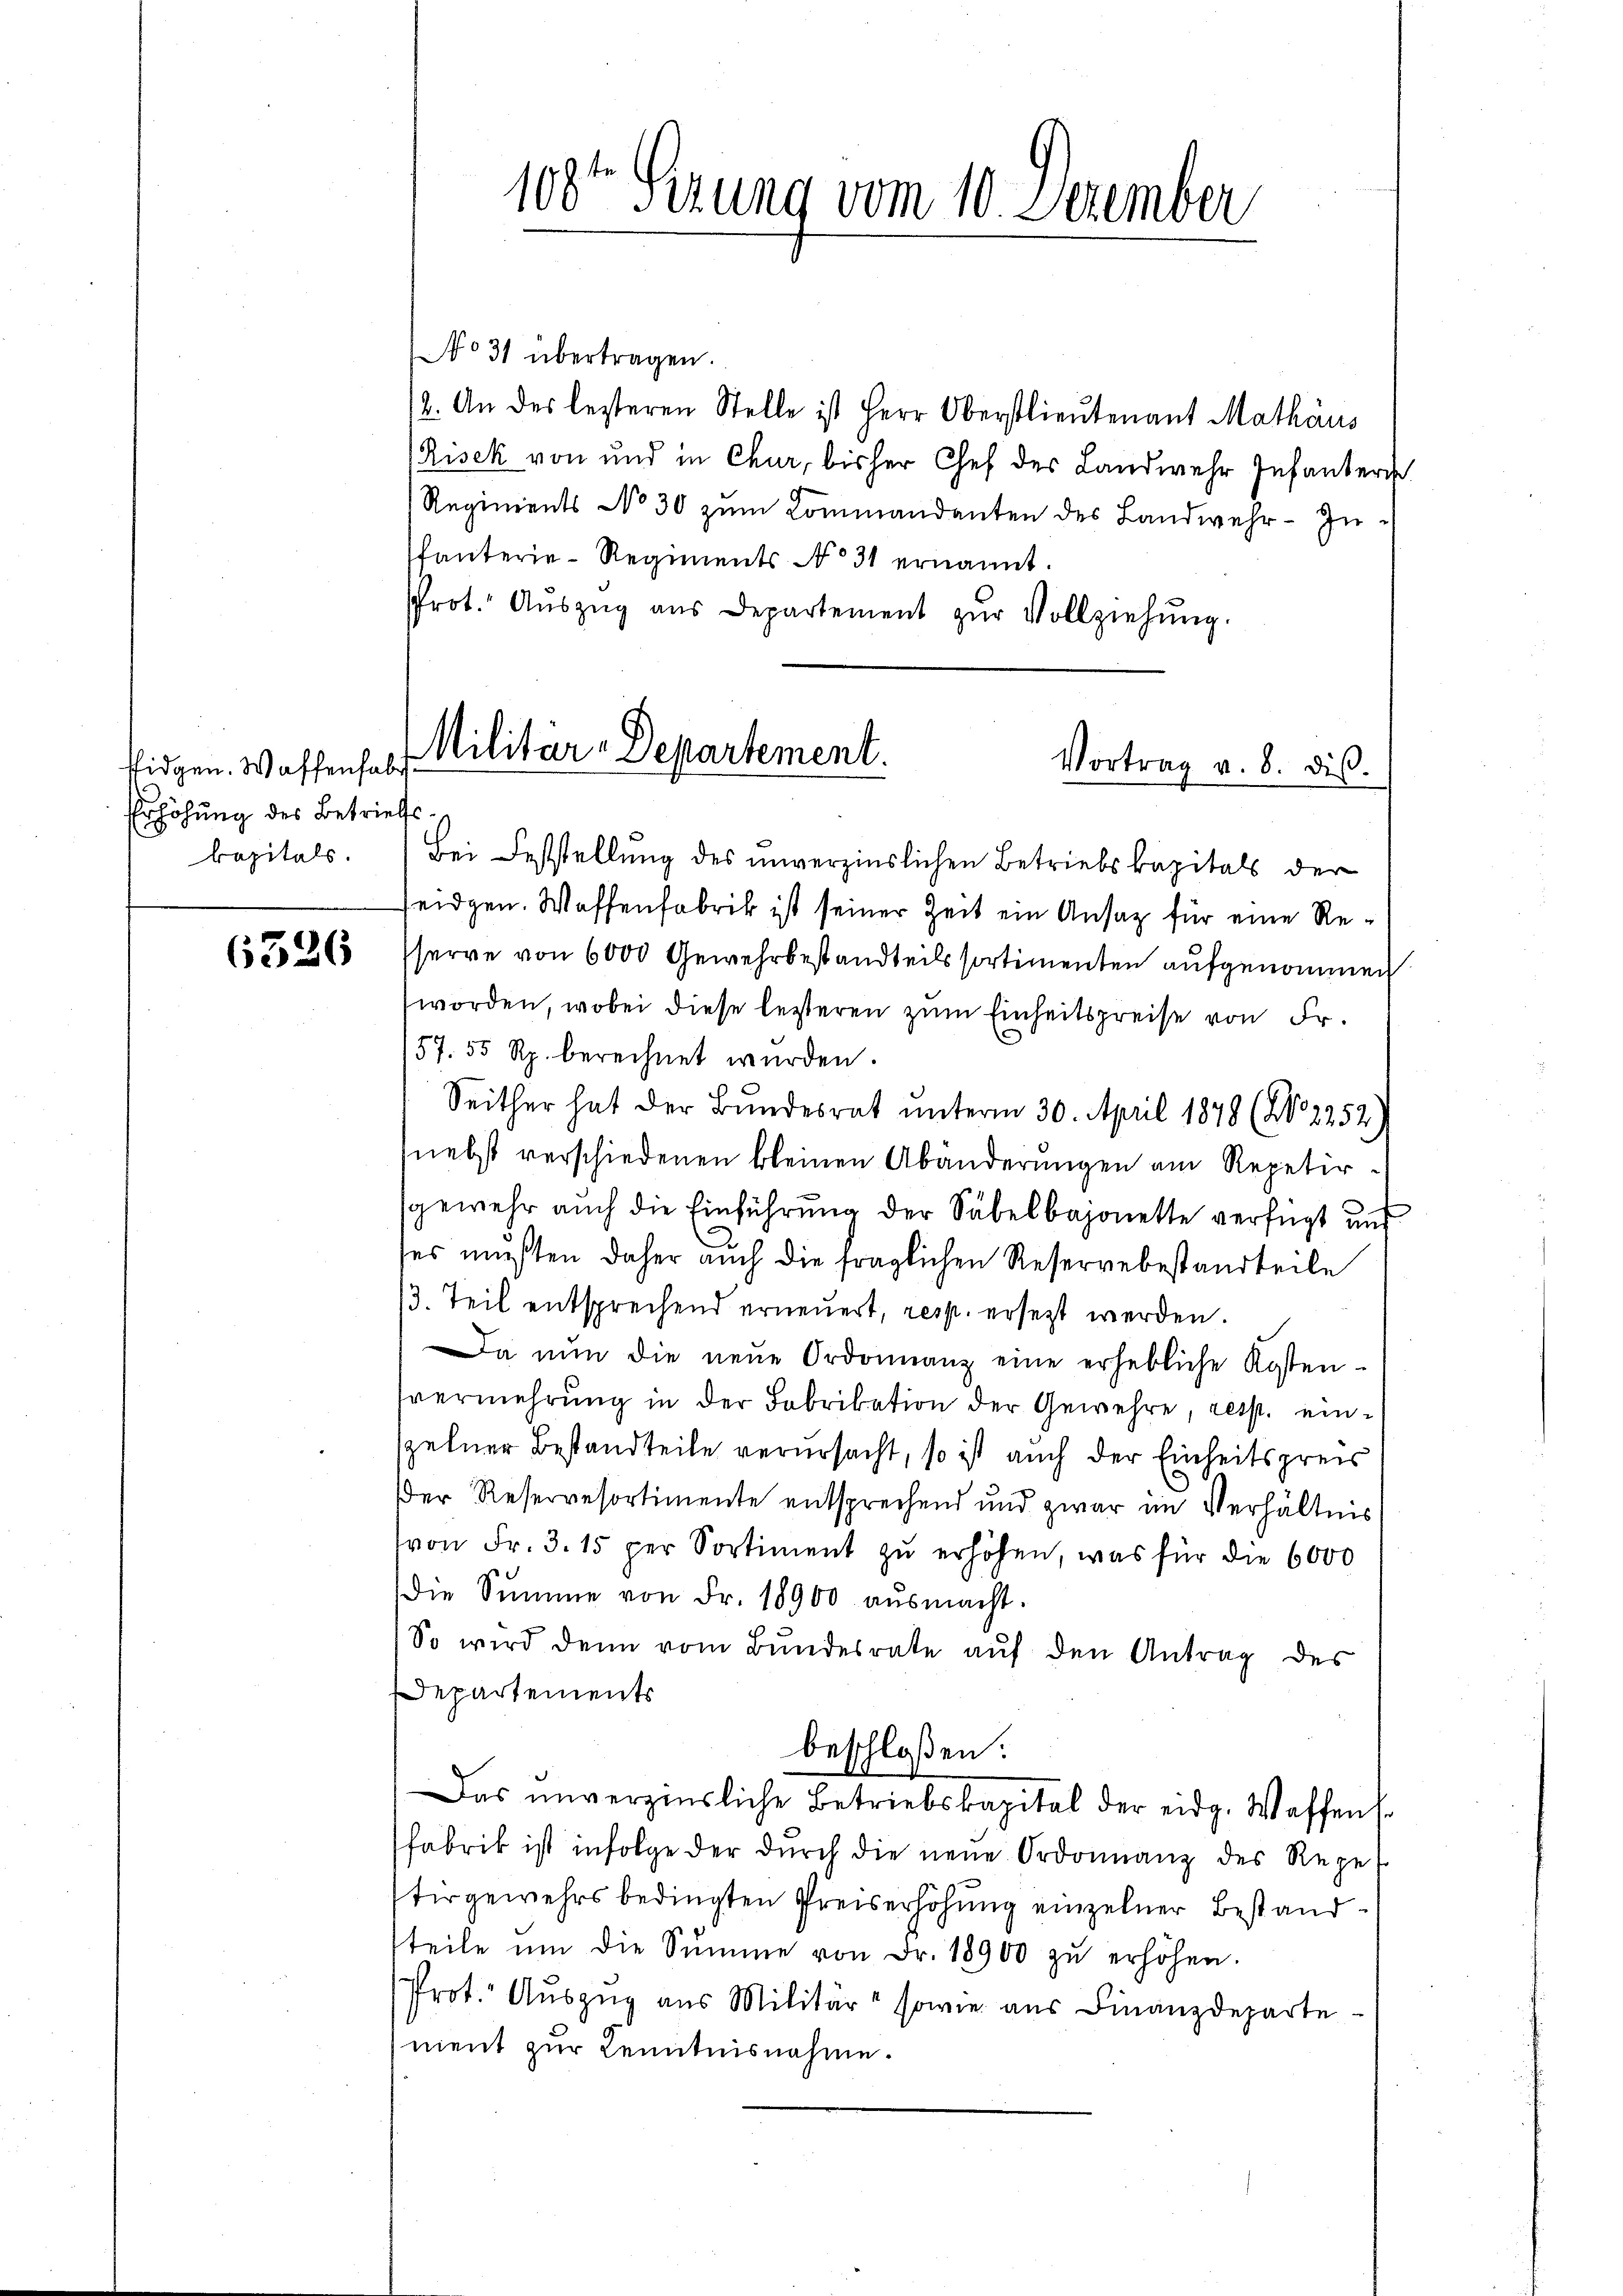
Eidgen. Waffenhab
Erhöhung des Betriefs
kapitals.

6326

108ten Sizung vom 10. Dezember

No 31 übertragen.
2. An des lezteren Stelle ist Herr Oberstlieutenant Mathäus
Risek von und in Chur, bisher Chef des Landwehr Infanter
Regiments No 30 zŭm Kommandanten des Landwehr-Zŭ-
fanterie-Regiments No 31 ernannt.
Prot. Aŭszŭg aŭs Departement zŭr Vollziehŭng.
seidgen. Waffenfabrik ist seiner Zeit ein Ansatz für eine Resserre von 6000 Gewehrbestandteils sortimenten aufgenommen
worden, wobei diese lezteren zum Einheitspreise von Fr.
57. 55 Rp. berechnet wurden.
Seither hat der Bundesrat unterm 30. April 1878 (No 2252
(nebst verschiedenen kleinen Abänderŭngen am Repetir-
sgemehr auch die Einführung der Säbelbajonette verfügt und
ses mußten daher auch die fraglichen Reservebestandteile
/3. Teil entsprechend erneuert, resp. ersetzt werden.
Da nun die neue Ordonnanz eine erhebliche Kosten-
svermehrŭng in der Fabrikation der Gewehre, resp. einzelner Bestandteile verursacht, so ist auch der Einheitspreis
der Reservesortimente entsprechend und zwar im Verhältnis
von Fr. 3. 15 per Sortiment zu erhöhen, was für die 6000
die Summe von Fr. 18900 aŭsmacht.
So wird denn vom Bundesrate auf den Antrag des
Departements
beschloßen:
Das unverzinsliche Betriebskapital der eidg. Waffens.
Fabrik ist infolge der durch die neue Ordonnanz des Regel
tergewehrs bedingten Preiserhöhung einzelner Bestand
teile ŭm die Summe von Fr. 18900 zŭ erhöhen.
Prot. Auszug aus Militär sowie aus Finanzdeparte
nient zur Kenntnisnahme.

Militar-Departement.
Vortrag v. 8. dis.

Bei Feststellung des unverzinslichen Betriebskapitals der